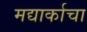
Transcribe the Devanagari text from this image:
मद्यार्काचा